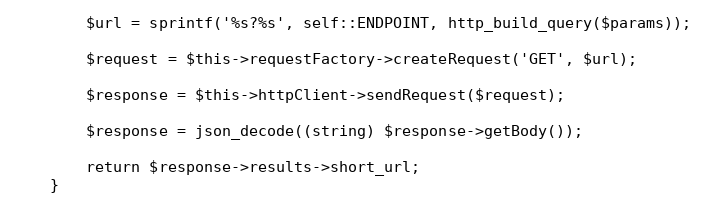
Language: PHP
        $url = sprintf('%s?%s', self::ENDPOINT, http_build_query($params));

        $request = $this->requestFactory->createRequest('GET', $url);

        $response = $this->httpClient->sendRequest($request);

        $response = json_decode((string) $response->getBody());

        return $response->results->short_url;
    }